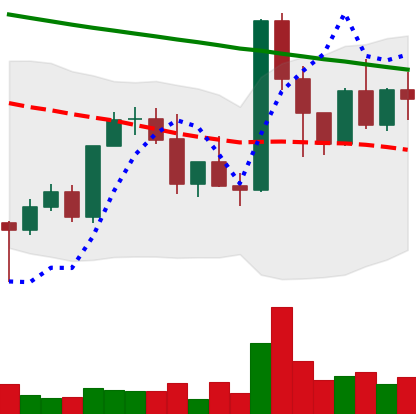
Ticker: XMR-USD
Chart end date: 2022-03-15
Forward return: 6.178%
Label: up_5_7